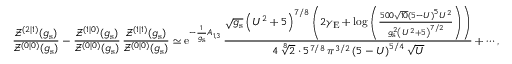
\frac { \mathcal { Z } ^ { ( 2 | 1 ) } ( g _ { \mathrm { s } } ) } { \mathcal { Z } ^ { ( 0 | 0 ) } ( g _ { \mathrm { s } } ) } - \frac { \mathcal { Z } ^ { ( 1 | 0 ) } ( g _ { \mathrm { s } } ) } { \mathcal { Z } ^ { ( 0 | 0 ) } ( g _ { \mathrm { s } } ) } \, \frac { \mathcal { Z } ^ { ( 1 | 1 ) } ( g _ { \mathrm { s } } ) } { \mathcal { Z } ^ { ( 0 | 0 ) } ( g _ { \mathrm { s } } ) } \simeq { \mathrm { e } } ^ { - \frac { 1 } { g _ { \mathrm { s } } } A _ { 1 , 3 } } \, \frac { \sqrt { g _ { \mathrm { s } } } \left( U ^ { 2 } + 5 \right) ^ { 7 / 8 } \left( 2 \gamma _ { \mathrm { E } } + \log \left( \frac { 5 0 0 \sqrt { 1 0 } \left( 5 - U \right) ^ { 5 } U ^ { 2 } } { g _ { \mathrm { s } } ^ { 2 } \left( U ^ { 2 } + 5 \right) ^ { 7 / 2 } } \right) \right) } { 4 \, \sqrt [ 8 ] { 2 } \cdot 5 ^ { 7 / 8 } \, \pi ^ { 3 / 2 } \left( 5 - U \right) ^ { 5 / 4 } \sqrt { U } } + \cdots ,